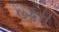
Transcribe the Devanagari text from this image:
७६।।